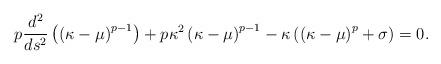
LaTeX: \begin{align*}p\frac{d^2}{ds^2}\left(\left(\kappa-\mu\right)^{p-1}\right)+p\kappa^2\left(\kappa-\mu\right)^{p-1}-\kappa\left(\left(\kappa-\mu\right)^p+\sigma\right)=0.\end{align*}